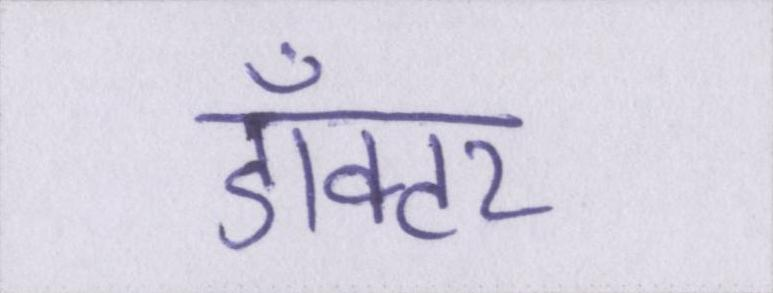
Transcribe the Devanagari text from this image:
डॉक्टर